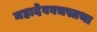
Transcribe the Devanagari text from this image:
महादेववचस्तथा